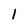
Character: 1